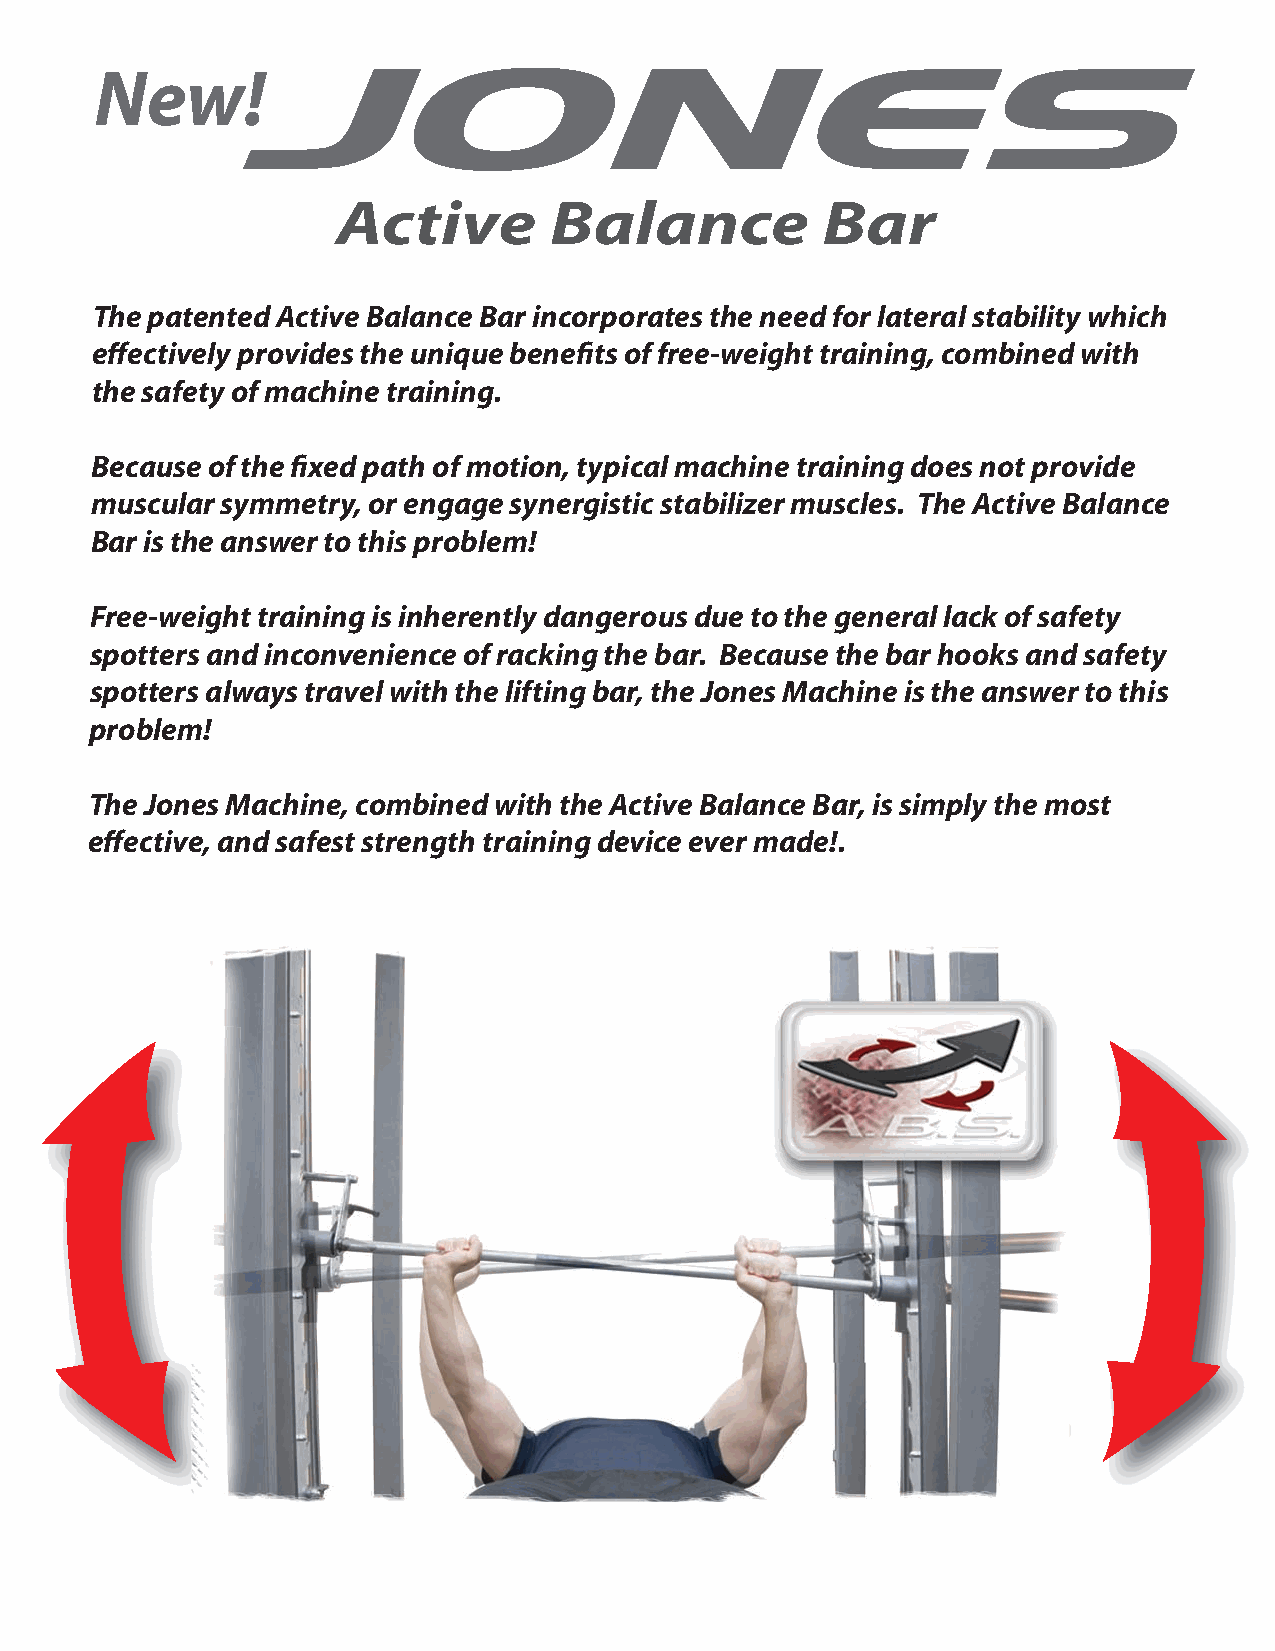
New!
 Active        Balance           Bar
 The patented Active Balance Bar incorporates the need for lateral stability which
 effectively provides the unique benefits of free-weight training, combined with
 the safety of machine training.
 Because of the fixed path of motion, typical machine training does not provide
 muscular symmetry, or engage synergistic stabilizer muscles. The Active Balance
 Bar is the answer to this problem!
 Free-weight training is inherently dangerous due to the general lack of safety
 spotters and inconvenience of racking the bar. Because the bar hooks and safety
 spotters always travel with the lifting bar, the Jones Machine is the answer to this
 problem!
 The Jones Machine, combined with the Active Balance Bar, is simply the most
 effective, and safest strength training device ever made!.